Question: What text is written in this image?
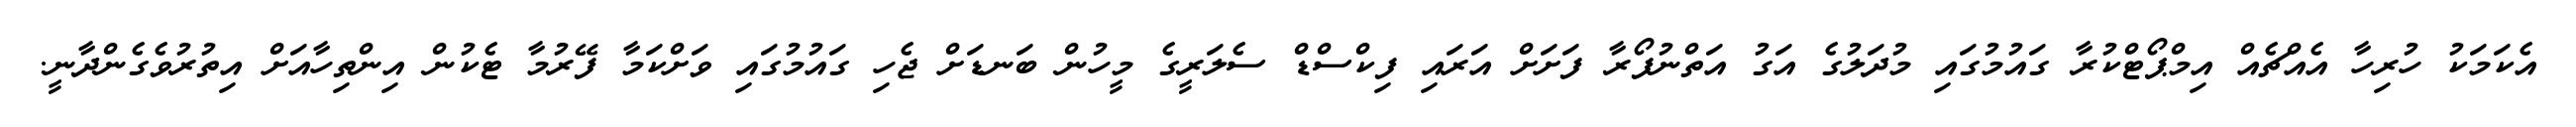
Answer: އެކަމަކު ހުރިހާ އެއްޗެއް އިމްޕޯޓްކުރާ ގައުމުގައި މުދަލުގެ އަގު އަތްނުފޯރާ ފަށަށް އަރައި ފިކްސްޑް ސެލަރީގެ މީހުން ބަނޑަށް ޖެހި ގައުމުގައި ވަށްކަމާ ފޭރުމާ ޓެކުން އިންތިހާއަށް އިތުރުވެގެންދާނީ.